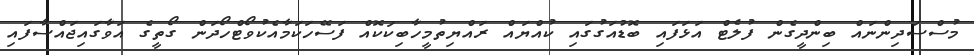
މުސްސަދިންނައް ބިންދީގެން ފުލެޓް އަޅަފައި ބޮޑުއަގުގައި ކުއްޔައް ރައްޔިތުމީހާބިކަކޮއް ފަސޭހަކަމާއެކުވޯޓްހޯދަން ގޯތީގެ އަވާގައިޖައްސާފައި